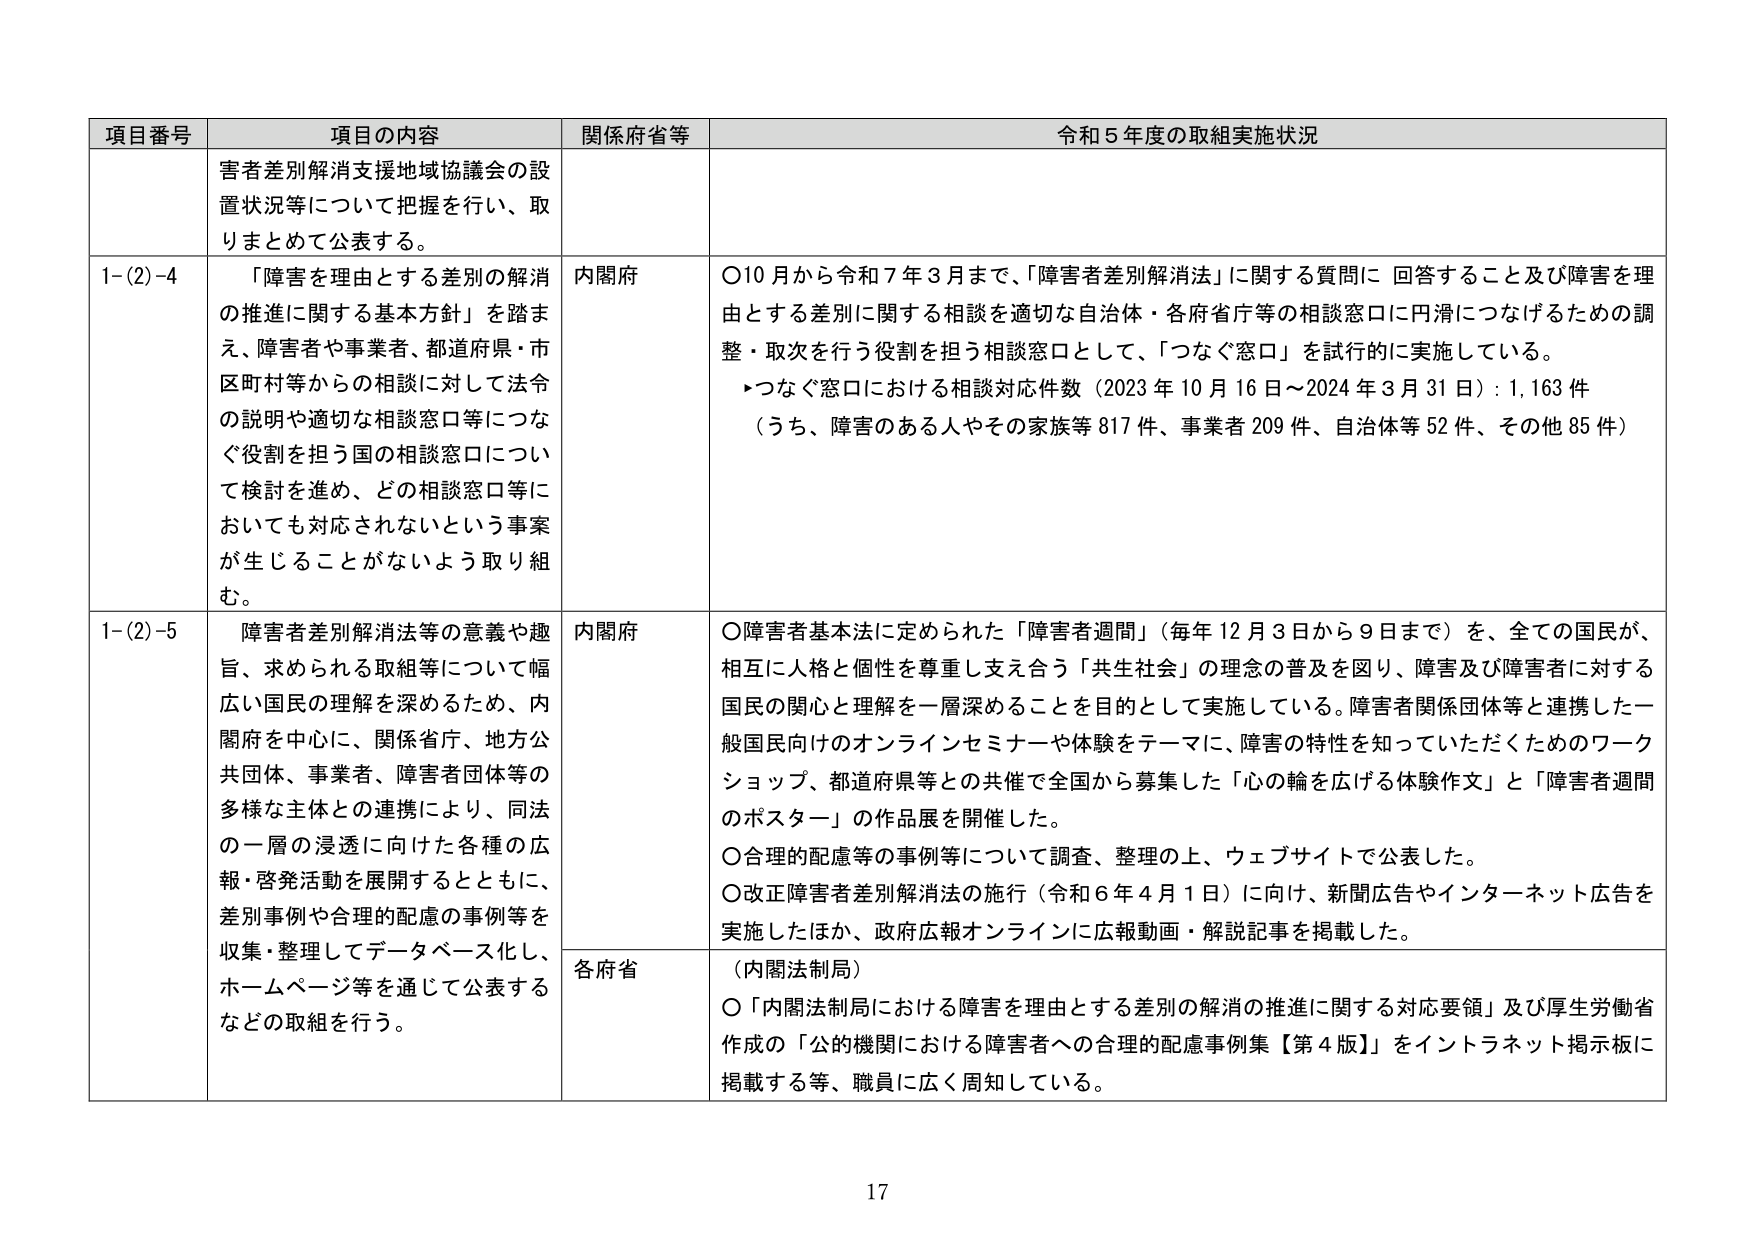
項目番号 項目の内容 関係省庁等 令和５年度の取組実施状況
害者差別解消支援地域協議会の設置状況等について把握を行い、取りまとめて公表する。
1-(2)-4 「障害を理由とする差別の解消の推進に関する基本方針」を踏まえ、障害者や事業者、都道府県・市区町村等からの相談に対して法令の説明や適切な相談窓口等につなぐ役割を担う国の相談窓口について検討を進め、どの相談窓口等においても対応されないという事案が生じることがないよう取り組む。 内閣府 ○10月から令和７年３月まで、「障害者差別解消法」に関する質問に回答すること及び障害を理由とする差別に関する相談を適切な自治体・各府省庁等の相談窓口に円滑につなげるための調整・取次を行う役割を担う相談窓口として、「つなぐ窓口」を試行的に実施している。 ▶つなぐ窓口における相談対応件数（2023年10月16日～2024年3月31日）：1,163件 （うち、障害のある人やその家族等817件、事業者209件、自治体等52件、その他85件）
1-(2)-5 障害者差別解消法等の意義や趣旨、求められる取組等について幅広い国民の理解を深めるため、内閣府を中心に、関係省庁、地方公共団体、事業者、障害者団体等の多様な主体との連携により、同法の一層の浸透に向けた各種の広報・啓発活動を展開するとともに、差別事例や合理的配慮の事例等を収集・整理してデータベース化し、ホームページ等を通じて公表するなどの取組を行う。 内閣府 ○障害者基本法に定められた「障害者週間」（毎年12月3日から9日まで）を、全ての国民が、相互に人格と個性を尊重し支え合う「共生社会」の理念の普及を図り、障害及び障害者に対する国民の関心と理解を一層深めることを目的として実施している。障害者関係団体等と連携した一般国民向けのオンラインセミナーや体験をテーマに、障害の特性を知っていただくためのワークショップ、都道府県等との共催で全国から募集した「心の輪を広げる体験作文」と「障害者週間のポスター」の作品展を開催した。 ○合理的配慮等の事例等について調査、整理の上、ウェブサイトで公表した。 ○改正障害者差別解消法の施行（令和６年４月１日）に向け、新聞広告やインターネット広告を実施したほか、政府広報オンラインに広報動画・解説記事を掲載した。 各府省 （内閣法制局） ○「内閣法制局における障害を理由とする差別の解消の推進に関する対応要領」及び厚生労働省作成の「公的機関における障害者への合理的配慮事例集【第４版】」をイントラネット掲示板に掲載する等、職員に広く周知している。
17